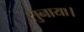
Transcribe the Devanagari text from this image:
सुनाया।